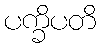
ပက္ခိပတိ